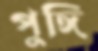
পুঙ্গি